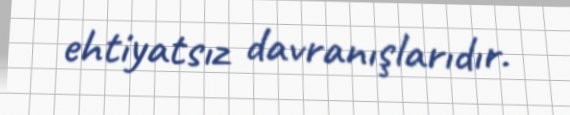
ehtiyatsız davranışlarıdır.